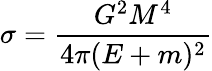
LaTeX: \sigma=\frac{G^{2}M^{4}}{4\pi(E+m)^{2}}